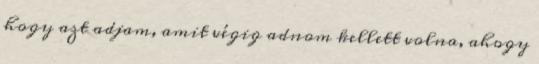
hogy azt adjam, amit végig adnom kellett volna, ahogy